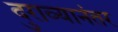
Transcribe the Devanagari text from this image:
दुराव्यानंतर